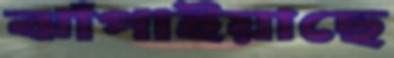
ঝাঁপাইয়াছে